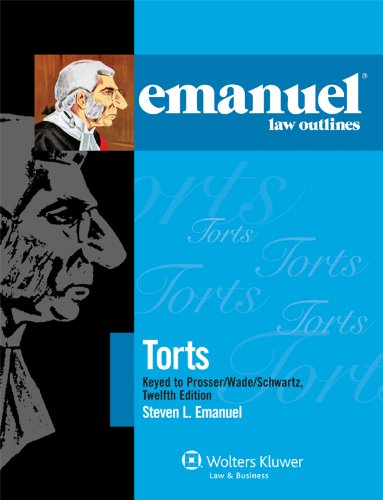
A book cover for Emanuel Law Outlines: Torts, Keyed to Prosser Wade Schwartz Kelly & Partlett 12th Edition; Steven L. Emanuel; Law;